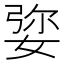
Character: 𡝠